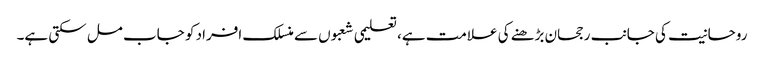
روحانیت کی جانب رجحان بڑھنے کی علامت ہے، تعلیمی شعبوں سے منسلک افراد کو جاب مل سکتی ہے۔